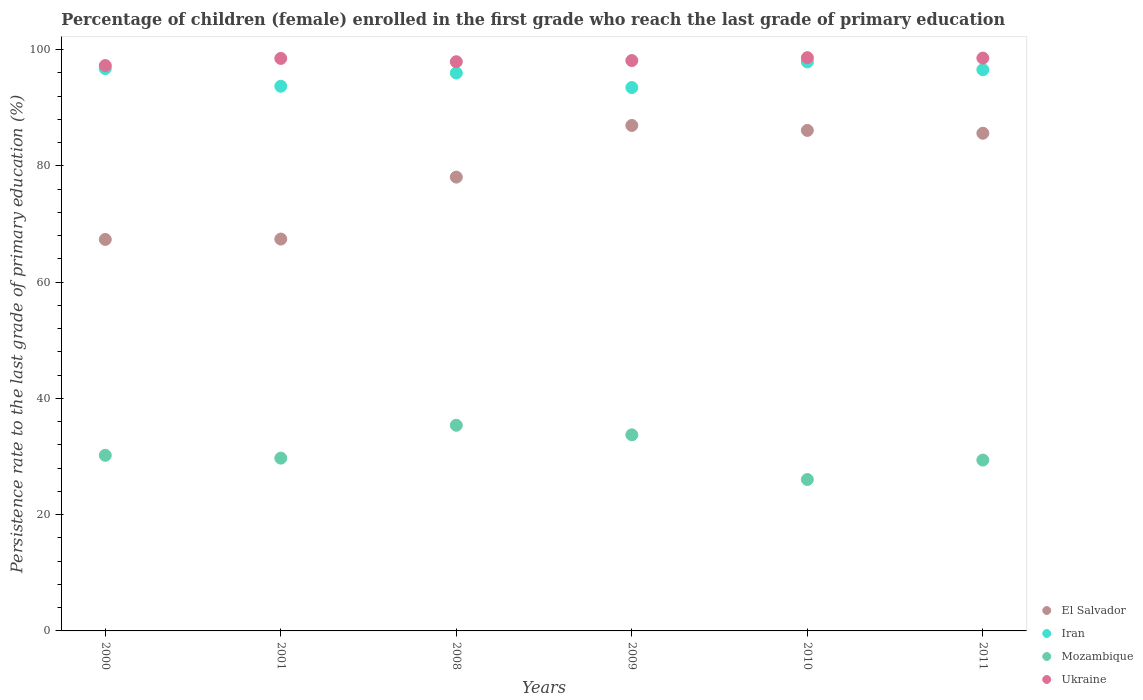
| Years | El Salvador | Iran | Mozambique | Ukraine |
 | --- | --- | --- | --- | --- |
 | 2000 | 67.4 | 96.7 | 30.2 | 97.3 |
 | 2001 | 67.4 | 93.7 | 29.7 | 98.5 |
 | 2008 | 78.1 | 96 | 35.4 | 97.9 |
 | 2009 | 87 | 93.5 | 33.7 | 98.1 |
 | 2010 | 86.1 | 97.9 | 26.1 | 98.6 |
 | 2011 | 85.6 | 96.6 | 29.4 | 98.6 |